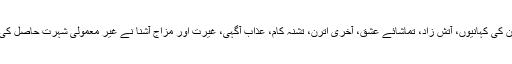
ان کی کہانیوں، آتش زاد، تماشائے عشق، آخری اترن، تشنہ کام، عذابِ آگہی، غیرت اور مزاج آشنا نے غیر معمولی شہرت حاصل کی۔